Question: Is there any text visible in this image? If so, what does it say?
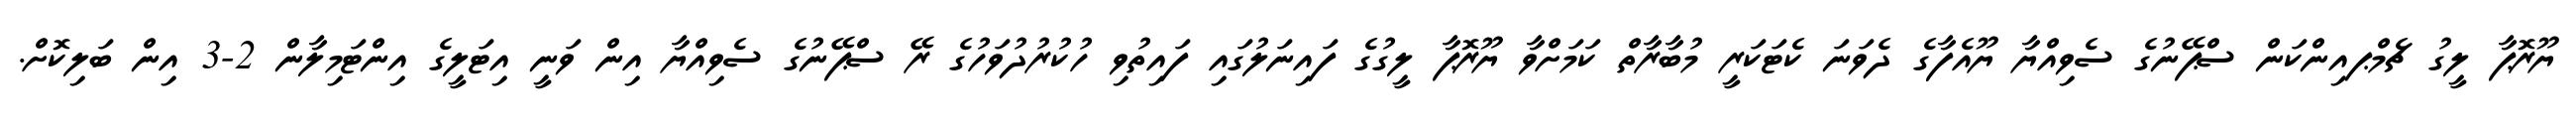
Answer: ޔޫރޮޕާ ލީގު ޗެމްޕއިންކަން ސްޕޭނުގެ ސެވިއްޔާ ޔޫއެފާގެ ދެވަނަ ކެޓަކަރީ މުބާރާތް ކަމަށްވާ ޔޫރޮޕާ ލީގުގެ ފައިނަލުގައި ފައިތުވި ހުކުރުދުވަހުގެ ރޭ ސްޕޭނުގެ ސެވިއްޔާ އިން ވަނީ އިޓަލީގެ އިންޓަމިލާން 2-3 އިން ބަލިކޮށް.